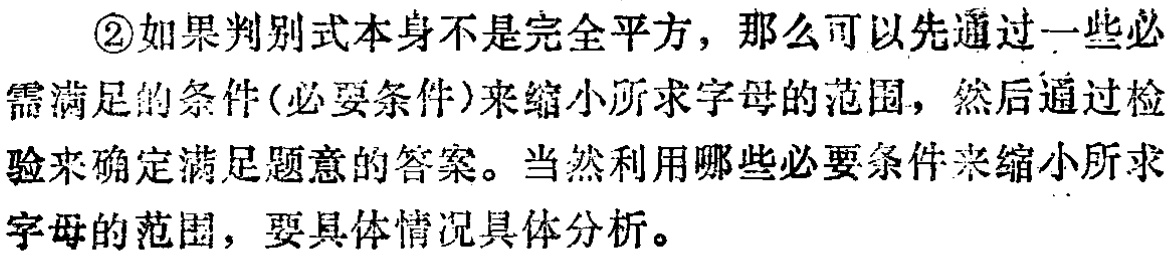
\textcircled{2}如果判别式本身不是完全平方，那么可以先通过一些必
需满足的条件(必要条件)来缩小所求字母的范围，然后通过检
验来确定满足题意的答案。当然利用哪些必要条件来缩小所求
字母的范围，要具体情况具体分析。